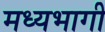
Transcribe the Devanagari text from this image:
मध्‍यभागी